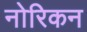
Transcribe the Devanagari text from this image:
नोरिकन